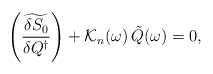
\begin{align*}\left(\widetilde{\frac{\delta S_0}{\delta Q^\dagger}}\right)+{\cal K}_n(\omega)\,\tilde{Q}(\omega)=0,\end{align*}